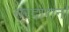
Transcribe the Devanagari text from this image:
सरदारांनां